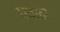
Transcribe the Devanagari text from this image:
पवादा